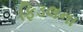
ફિડલના